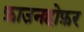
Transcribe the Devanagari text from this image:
फ़ाउनहोफ़र